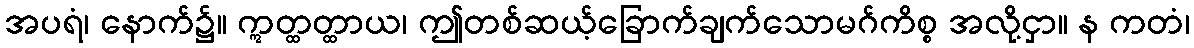
အပရံ၊ နောက်၌။ ဣတ္ထတ္ထာယ၊ ဤတစ်ဆယ့်ခြောက်ချက်သောမဂ်ကိစ္စ အလို့ငှာ။ န ကတံ၊